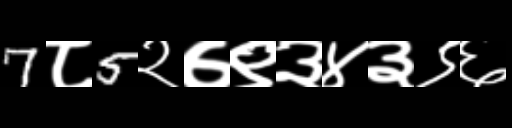
Text: 7८5२७९३४३९६